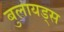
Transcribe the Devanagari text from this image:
बुलायड्स